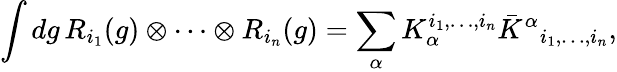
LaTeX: \int dg\, R_{i_{1}}(g)\otimes\cdots\otimes R_{i_{n}}(g)=\sum_{\alpha}K_{\alpha}^{i_{1},\ldots,i_{n}}{\bar{K}^{\alpha}}_{i_{1},\ldots,i_{n}},